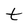
Character: t